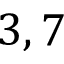
3 , 7